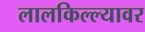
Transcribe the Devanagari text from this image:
लालकिल्ल्यावर